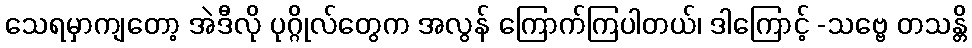
သေရမှာကျတော့ အဲဒီလို ပုဂ္ဂိုလ်တွေက အလွန် ကြောက်ကြပါတယ်၊ ဒါကြောင့် -သဗ္ဗေ တသန္တိ